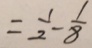
= \frac { 1 } { 2 } - \frac { 1 } { 8 }